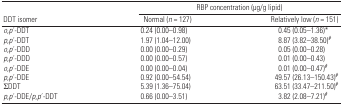
<table><thead><tr><td></td><td colspan="2"><b>RBP concentration (μg/g lipid)</b></td></tr><tr><td><b>DDT isomer</b></td><td><b>Normal (<i>n</i> = 127)</b></td><td><b>Relatively low (<i>n</i> = 151)</b></td></tr></thead><tbody><tr><td><i>o</i>,<i>p</i>′-DDT</td><td>0.24 (0.00–0.98)</td><td>0.45 (0.05–1.36)*</td></tr><tr><td><i>p</i>,<i>p</i>′-DDT</td><td>1.97 (1.04–12.00)</td><td>8.87 (3.82–38.50)#</td></tr><tr><td><i>o</i>,<i>p</i>′-DDD</td><td>0.00 (0.00–0.29)</td><td>0.05 (0.00–0.28)</td></tr><tr><td><i>p</i>,<i>p</i>′-DDD</td><td>0.00 (0.00–0.57)</td><td>0.01 (0.00–0.43)</td></tr><tr><td><i>o</i>,<i>p</i>′-DDE</td><td>0.00 (0.00–0.04)</td><td>0.01 (0.00–0.47)#</td></tr><tr><td><i>p</i>,<i>p</i>′-DDE</td><td>0.92 (0.00–54.54)</td><td>49.57 (26.13–150.43)#</td></tr><tr><td>∑DDT</td><td>5.39 (1.36–75.04)</td><td>63.51 (33.47–211.50)#</td></tr><tr><td><i>p</i>,<i>p</i>′-DDE/<i>p</i>,<i>p</i>′-DDT</td><td>0.66 (0.00–3.51)</td><td>3.82 (2.08–7.21)#</td></tr></tbody></table>